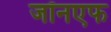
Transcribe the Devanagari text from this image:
जॉनएफ